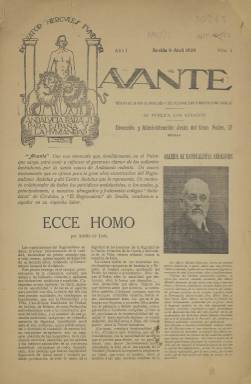
Título: Avante (Sevilla)
Colección: Política
Ámbito geográfico: Sevilla
Lugar de publicación: Sevilla
Fechas: 09/04/1920-17/04/1920